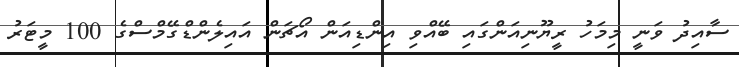
ސާއިދު ވަނީ މިމަހު ރީޔޫނިއަންގައި ބޭއްވި އިންޑިއަން އޯޗަން އައިލެންޑްގޭމްސްގެ 100 މީޓަރު